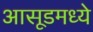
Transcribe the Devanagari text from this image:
आसूडमध्ये